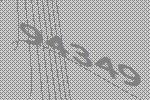
94349